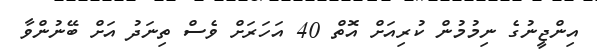
އިންޖީނުގެ ނިމުމުން ކުރިއަށް އޮތް 40 އަހަރަށް ވެސް ތިނަދު އަށް ބޭނުންވާ